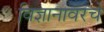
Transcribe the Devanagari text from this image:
विज्ञानावरचे